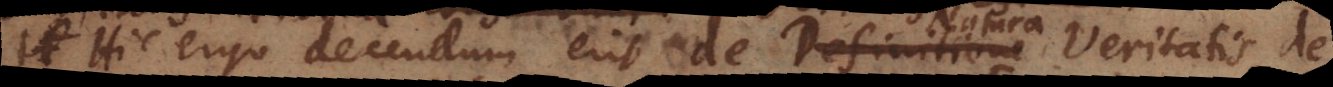
Hic ergo dicendum erit de Natura Veritatis,